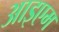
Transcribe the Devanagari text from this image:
आइएम